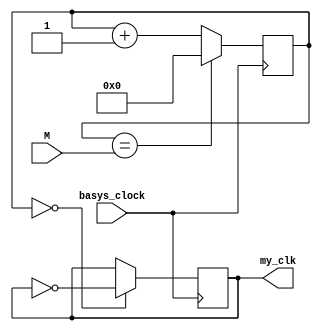
`timescale 1ns / 1ps
//////////////////////////////////////////////////////////////////////////////////
// Company: 
// Engineer: 
// 
// Design Name: 
// Module Name: clock_divider
// Project Name: 
// Target Devices: 
// Tool Versions: 
// Description: 
// 
// Dependencies: 
// 
// Revision:
// Revision 0.01 - File Created
module clock_divider (input basys_clock, input [31:0] M, output reg my_clk = 0);
    reg [31:0] counter = 0;
    always @ (posedge basys_clock) 
    begin
         counter <= (counter == M)? 0 : counter + 1;
        my_clk <= (counter == 0) ? ~my_clk : my_clk;
    end     
endmodule